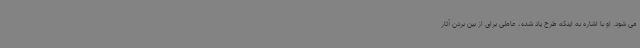
می شود. او با اشاره به اینکه طرح یاد شده، عاملی برای از بین بردن آثار